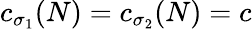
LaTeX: c_{\sigma_{1}}({N})=c_{\sigma_{2}}({N})=c